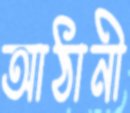
আঠানী